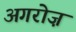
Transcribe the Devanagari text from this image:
अगरोज़